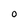
Character: o